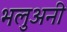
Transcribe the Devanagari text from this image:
भलुअनी